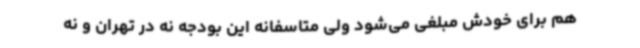
هم برای خودش مبلغی می‌شود ولی متاسفانه این بودجه‌ نه در تهران و نه